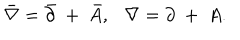
\bar { \nabla } = \bar { \partial } ~ + ~ \bar { A } , \nabla = \partial ~ + ~ A .